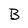
Character: B